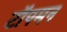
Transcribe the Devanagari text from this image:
टॉपमन